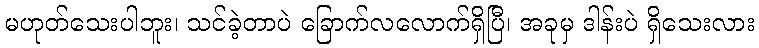
မဟုတ်သေးပါဘူး၊ သင်ခဲ့တာပဲ ခြောက်လလောက်ရှိပြီ၊ အခုမှ ဒါန်းပဲ ရှိသေးလား